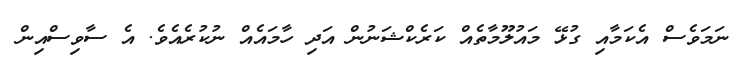
ނަމަވެސް އެކަމާއި ގުޅޭ މައުލޫމާތެއް ކަރެކްޝަނުން އަދި ހާމައެއް ނުކުރެއެވެ. އެ ސާވިސްއިން